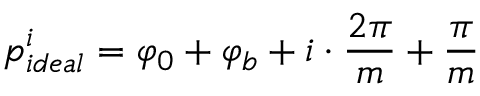
p _ { i d e a l } ^ { i } = \varphi _ { 0 } + \varphi _ { b } + i \cdot \frac { 2 \pi } { m } + \frac { \pi } { m }